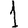
Digit: 1